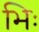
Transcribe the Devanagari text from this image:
भिः